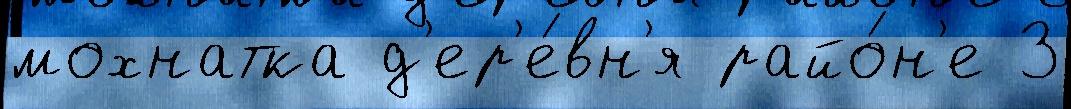
мохнатка д'ер'е́вн'я райо́н'е 3